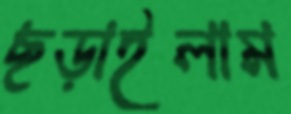
ছড়াইলাম